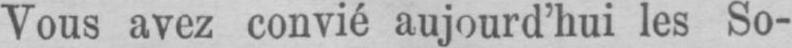
Vous avez convié aujourd’hui les So-